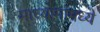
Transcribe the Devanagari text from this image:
माध्यामांमध्ये